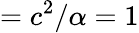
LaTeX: =c^{2}/\alpha=1